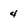
Character: 4